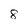
Character: 8